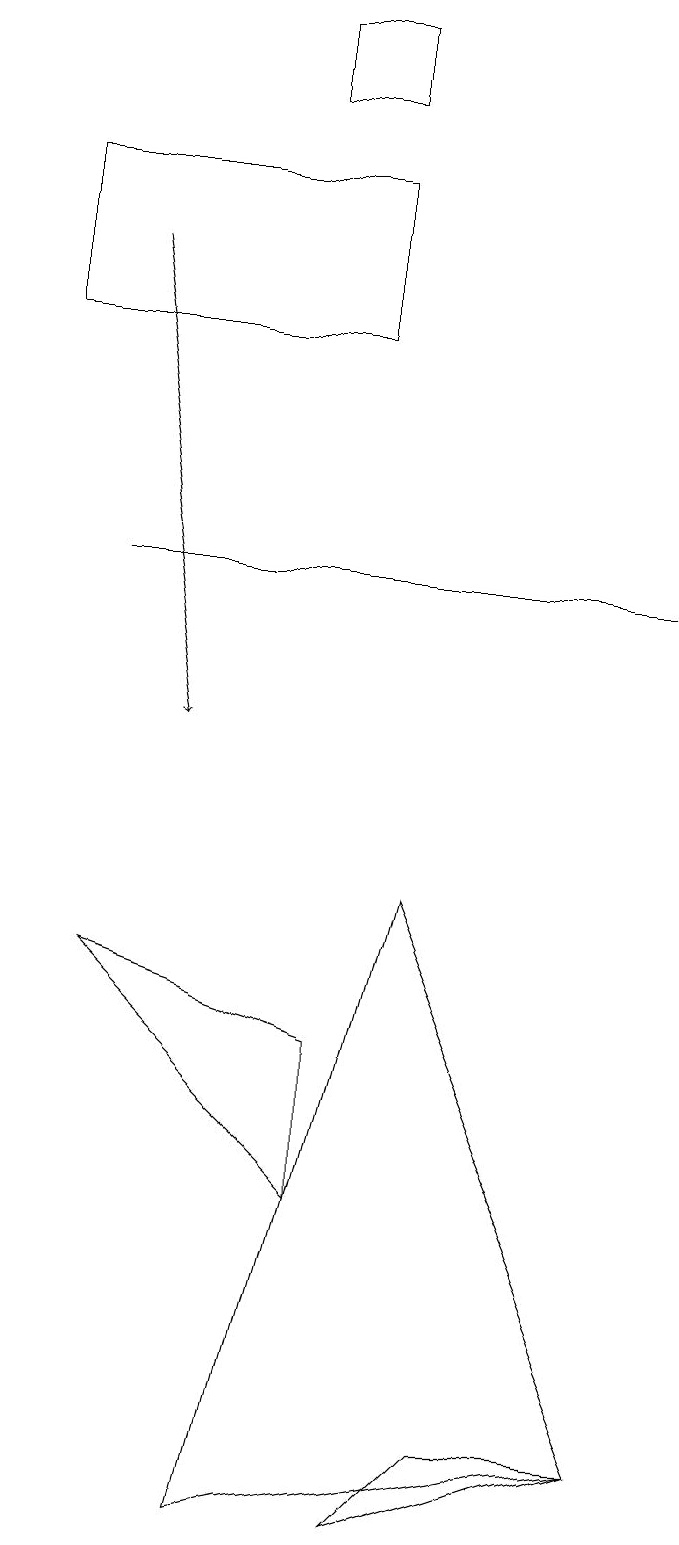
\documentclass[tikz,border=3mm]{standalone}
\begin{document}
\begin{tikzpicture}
\draw (4,15) rectangle (0,17);
\draw (4,4) -- (4,6) -- (1,7) -- cycle;
\draw (3,18) rectangle (4,19);
\draw (6,1) -- (8,1) -- (5,0) -- cycle;
\draw (1,12) rectangle (8,12);
\draw (3,0) -- (8,1) -- (5,8) -- cycle;
\draw[->] (1,16) -- (2,10);
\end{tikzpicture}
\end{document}